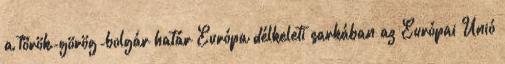
a török-görög-bolgár határ Európa délkeleti sarkában az Európai Unió